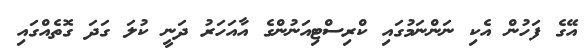
އޭގެ ފަހުން އެކި ނަންނަމުގައި ކްރިސްޓިއަނުންގެ އާއަހަރު ދަނީ ކުލަ ގަދަ ގޮތެއްގައި